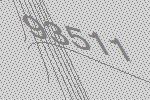
93511